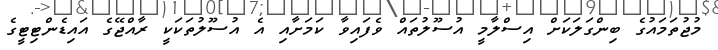
މުޖުތަމައުގެ ބިންގަލަކަށް އިސްލާމީ އުސޫލުތައް ވެފައިވާ ކަމަށާއި އެ އުސޫލުތަކަކީ ރާއްޖޭގެ އައިޑެންޓިޓީގެ